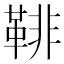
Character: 𩋂